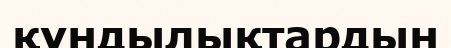
құндылықтардын